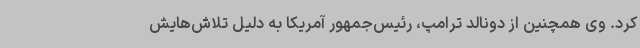
کرد. وی همچنین از دونالد ترامپ، رئیس‌جمهور آمریکا به دلیل تلاش‌هایش